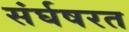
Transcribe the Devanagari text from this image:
संर्घषरत